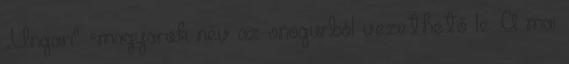
„Ungari" =magyarok név az onogurból vezethető le. A mai